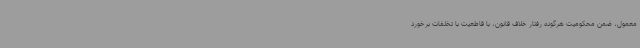
معمول، ضمن محکومیت هرگونه رفتار خلاف قانون، با قاطعیت با تخلفات برخورد